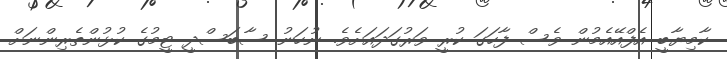
ކާމިޔާބީ އެފްއޭއެމުން ވެސް ފާހަގަ ކުރީ ވަރުގަދައަށެވެ. ނުހަނު ސާބަސްދީ ޓީމުގެ ކުޅުންތެރިންނަށް